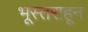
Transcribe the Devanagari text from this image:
भूस्तराहून